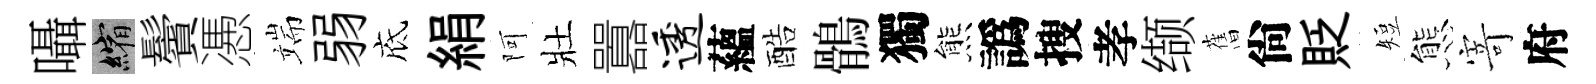
囁縮鬢慿端弱底絹阿壯囂透蘊酷鶻獨熊譌搜孝缬𦾔尙貶短態𭔃府